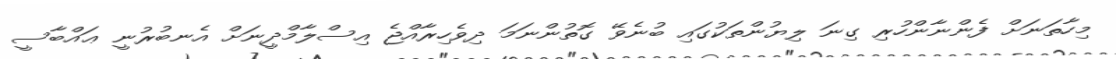
މިހާތަނަށް ފެންނާންހުރި ގިނަ ލިޔުންތަކުގައި ބުނެވޭ ގޮތުންނަމަ ދިވެހިރާއްޖެ އިސްލާމްދީނަށް އެނބުރުނީ ޢައްބާސީ